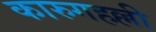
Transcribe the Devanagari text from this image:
कारुगहल्ली